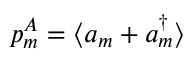
p _ { m } ^ { A } = \langle a _ { m } ^ { \phantom { \dagger } } + a _ { m } ^ { \dagger } \rangle